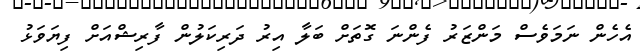
އެހެން ނަމަވެސް މަންޒަރު ފެންނަ ގޮތަށް ބަލާ އިރު ދަރިކަލުން ފާރިޝްއަށް ފިޔަވަޅު